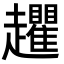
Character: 𧾱